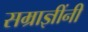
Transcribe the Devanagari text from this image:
सम्राज्ञींनी